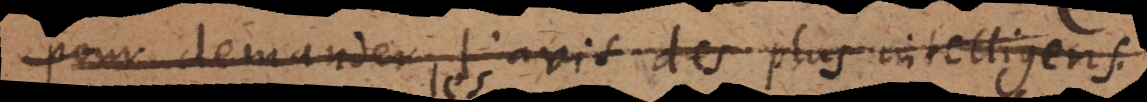
pour demander l’avis des plus intelligens